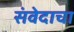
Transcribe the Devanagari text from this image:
संवेदाचा